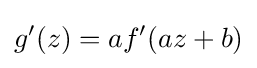
g'(z)=af'(az+b)